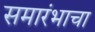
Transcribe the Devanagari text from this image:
समारंभाचा